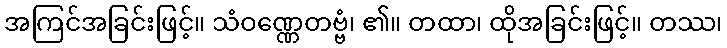
အကြင်အခြင်းဖြင့်။ သံဝဏ္ဏေတဗ္ဗံ၊ ၏။ တထာ၊ ထိုအခြင်းဖြင့်။ တဿ၊